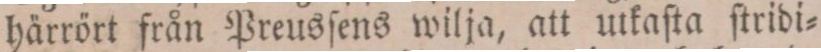
härrört från Preusſens wilja, att utkaſta ſtridi=